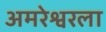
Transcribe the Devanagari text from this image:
अमरेश्वरला